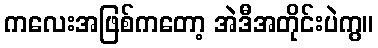
ကလေးအဖြစ်ကတော့ အဲဒီအတိုင်းပဲကွ။